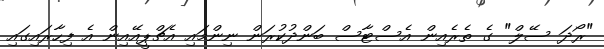
"ރޯދަ ސޭލް" ގެ ތެރެއިން އެސްޓާސް ބަންދުކުރަން ނިންމައި އެޗްޕީއޭއިން އެ ފިހާރައިގައި